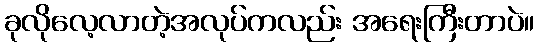
ခုလိုလေ့လာတဲ့အလုပ်ကလည်း အရေးကြီးတာပဲ။